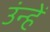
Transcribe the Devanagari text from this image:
उंन्हें